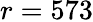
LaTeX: r=573